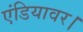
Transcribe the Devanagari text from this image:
एंडियावर।